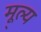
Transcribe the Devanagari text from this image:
मू्ल्य